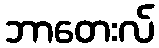
ဘာတေးလ်